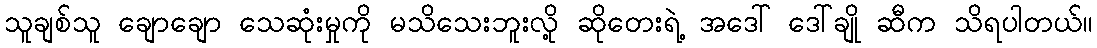
သူချစ်သူ ချောချော သေဆုံးမှုကို မသိသေးဘူးလို့ ဆိုတေးရဲ့ အဒေါ် ဒေါ်ချို ဆီက သိရပါတယ်။